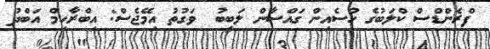
ފްރެންޑްސް ކްލަބުގެ ހުސެއިން ގައްސާން ލަބީބު  ވަގުތު އިމޭޖެސް: އިބްރާހިމް އަބްދު